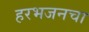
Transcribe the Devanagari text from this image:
हरभजनचा